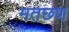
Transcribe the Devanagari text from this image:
मतछण